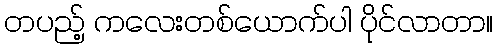
တပည့် ကလေးတစ်ယောက်ပါ ပိုင်လာတာ။